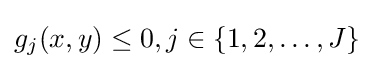
g_{j}(x,y)\leq 0,j\in \{1,2,\ldots ,J\}